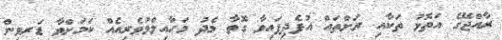
ރާއްޖޭގެ އަތޮޅު ތަކާއި ރަށްތައް އުފެދިފައިވާ ގޮތާ މެދު މަހާއިލްމުވެރިއެއް ކަމަށްވާ ޑަރވިން